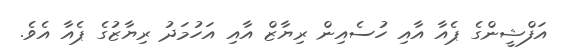
އަފްޝީންގެ ޕެއާ އާއި ހުސެއިން ރިޔާޒް އާއި އަހުމަދު ރިޔާޒުގެ ޕެއާ އެވެ.